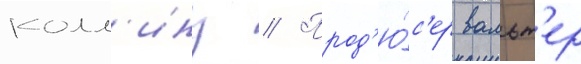
колл'инз // Прод'ю́с'ер вальт'ер